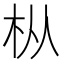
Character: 枞